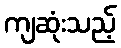
ကျဆုံးသည့်